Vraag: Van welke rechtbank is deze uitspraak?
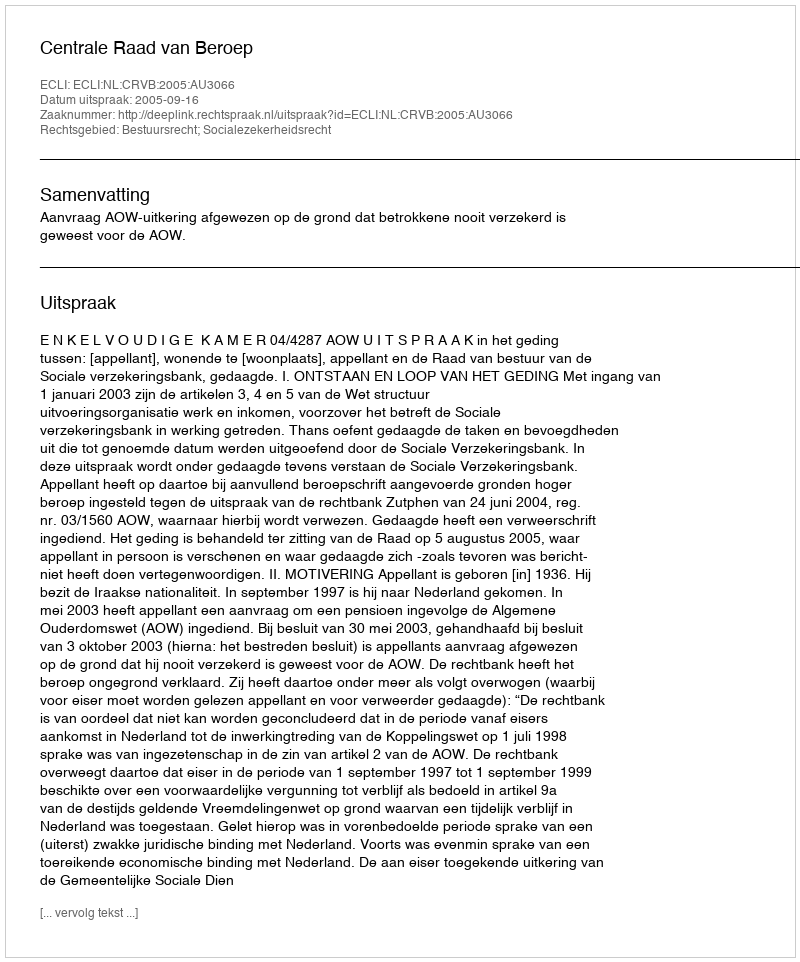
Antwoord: Centrale Raad van Beroep